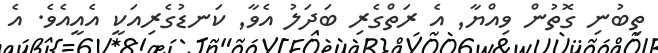
ތިބުނި ގޮތުން ވިއްޔާ